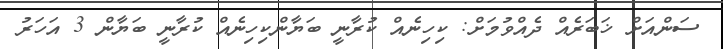
ސަންއަށް ޚަބަރެއް ދެއްވުމަށް: ކިހިނެއް ކުރާނީ ބަޔާންކިހިނެއް ކުރާނީ ބަޔާން 3 އަހަރު